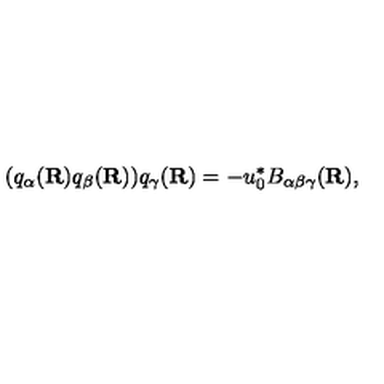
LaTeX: ( q _ { \alpha } ( { \bf R } ) q _ { \beta } ( { \bf R } ) ) q _ { \gamma } ( { \bf R } ) = - u _ { 0 } ^ { * } B _ { \alpha \beta \gamma } ( { \bf R } ) ,